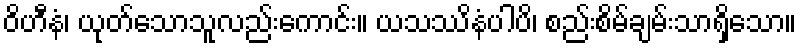
ဝိဟီနံ၊ ယုတ်သောသူလည်းကောင်း။ ယသဿိနံပါပိ၊ စည်းစိမ်ချမ်းသာရှိသော။